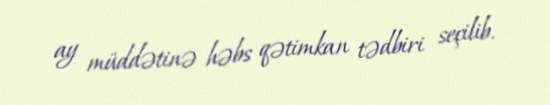
ay müddətinə həbs qətimkan tədbiri seçilib.